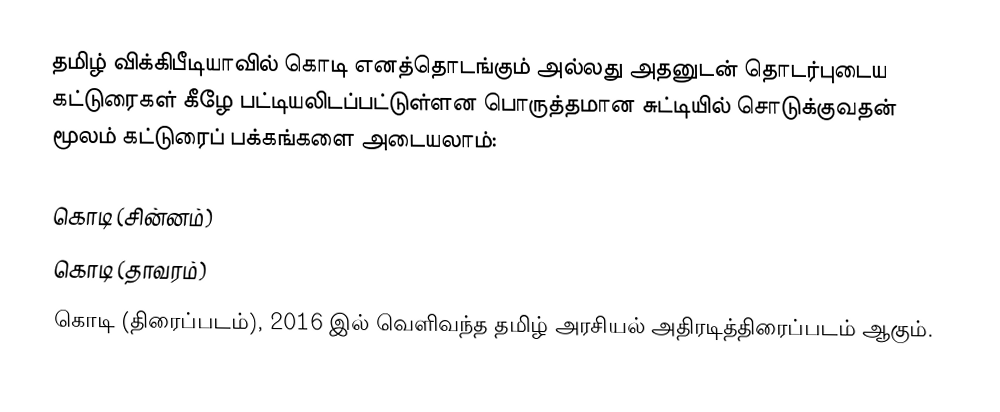
தமிழ் விக்கிபீடியாவில் கொடி எனத்தொடங்கும் அல்லது அதனுடன் தொடர்புடைய கட்டுரைகள் கீழே பட்டியலிடப்பட்டுள்ளன பொருத்தமான சுட்டியில் சொடுக்குவதன் மூலம் கட்டுரைப் பக்கங்களை அடையலாம்:

கொடி (சின்னம்)
கொடி (தாவரம்)
கொடி (திரைப்படம்), 2016 இல் வெளிவந்த தமிழ் அரசியல் அதிரடித்திரைப்படம் ஆகும்.